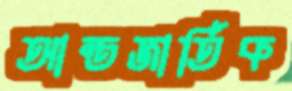
আন্তজার্তিক